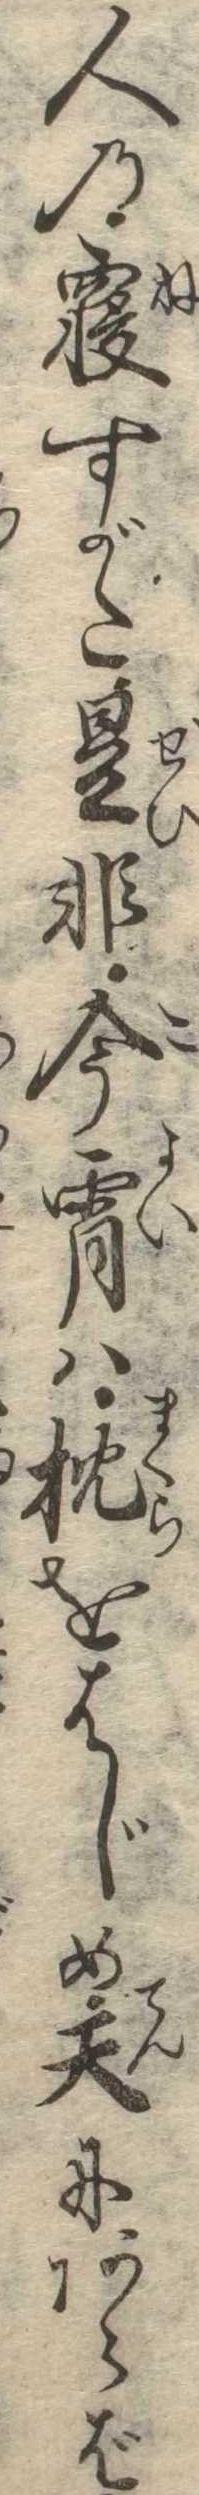
人の寝すがた是非今宵は枕をはじめ天にあらば